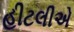
હીટલીએ